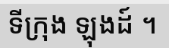
ទីក្រុង ឡុងដ៍ ។